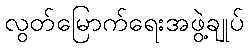
လွတ်မြောက်ရေးအဖွဲ့ချုပ်